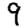
Digit: 9